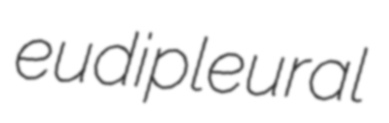
eudipleural